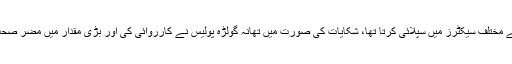
ملزم احمد مضرصحت گوشت اسلام آباد کے مختلف سیکٹرز میں سپلائی کرتا تھا، شکایات کی صورت میں تھانہ گولڑہ پولیس نے کارروائی کی اور بڑی مقدار میں مضر صحت گوشت برآمد کرکے تلف کر دیا گیا ہے۔